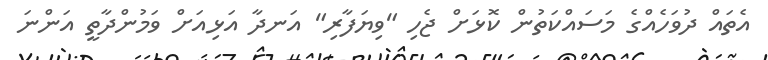
އެތައް ދުވަހެއްގެ މަސައްކަތުން ކޮޅަށް ޖެހި "ވިޔަފާރި" އަނދާ އަޅިއަށް ވަމުންދާތީ އަންނަ